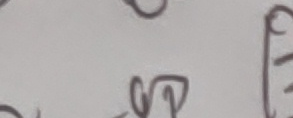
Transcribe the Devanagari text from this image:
अति